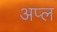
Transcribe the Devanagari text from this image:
अप्ल